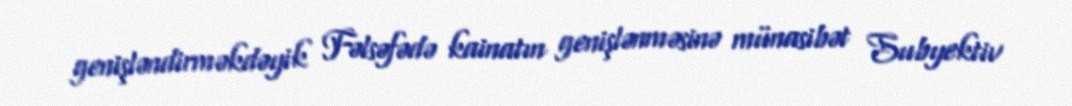
genişləndirməkdəyik Fəlsəfədə kainatın genişlənməsinə münasibət Subyektiv